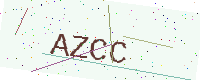
Text: AZCC